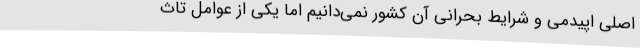
اصلی اپیدمی و شرایط بحرانی آن کشور نمی‌دانیم اما یکی از عوامل تاث